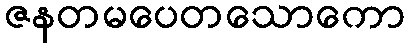
ဇနတမပေတသောကော